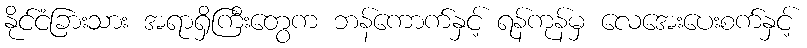
နိုင်ငံခြားသား အရာရှိကြီးတွေက ဘန်ကောက်နှင့် ရန်ကုန်မှ လေအေးပေးစက်နှင့်